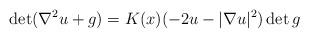
LaTeX: \begin{align*}\det (\nabla^2 u + g) = K (x) (-2 u - |\nabla u|^2) \det g\end{align*}